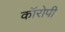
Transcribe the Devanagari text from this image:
कॉरोपी